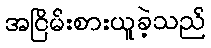
အငြိမ်းစားယူခဲ့သည်